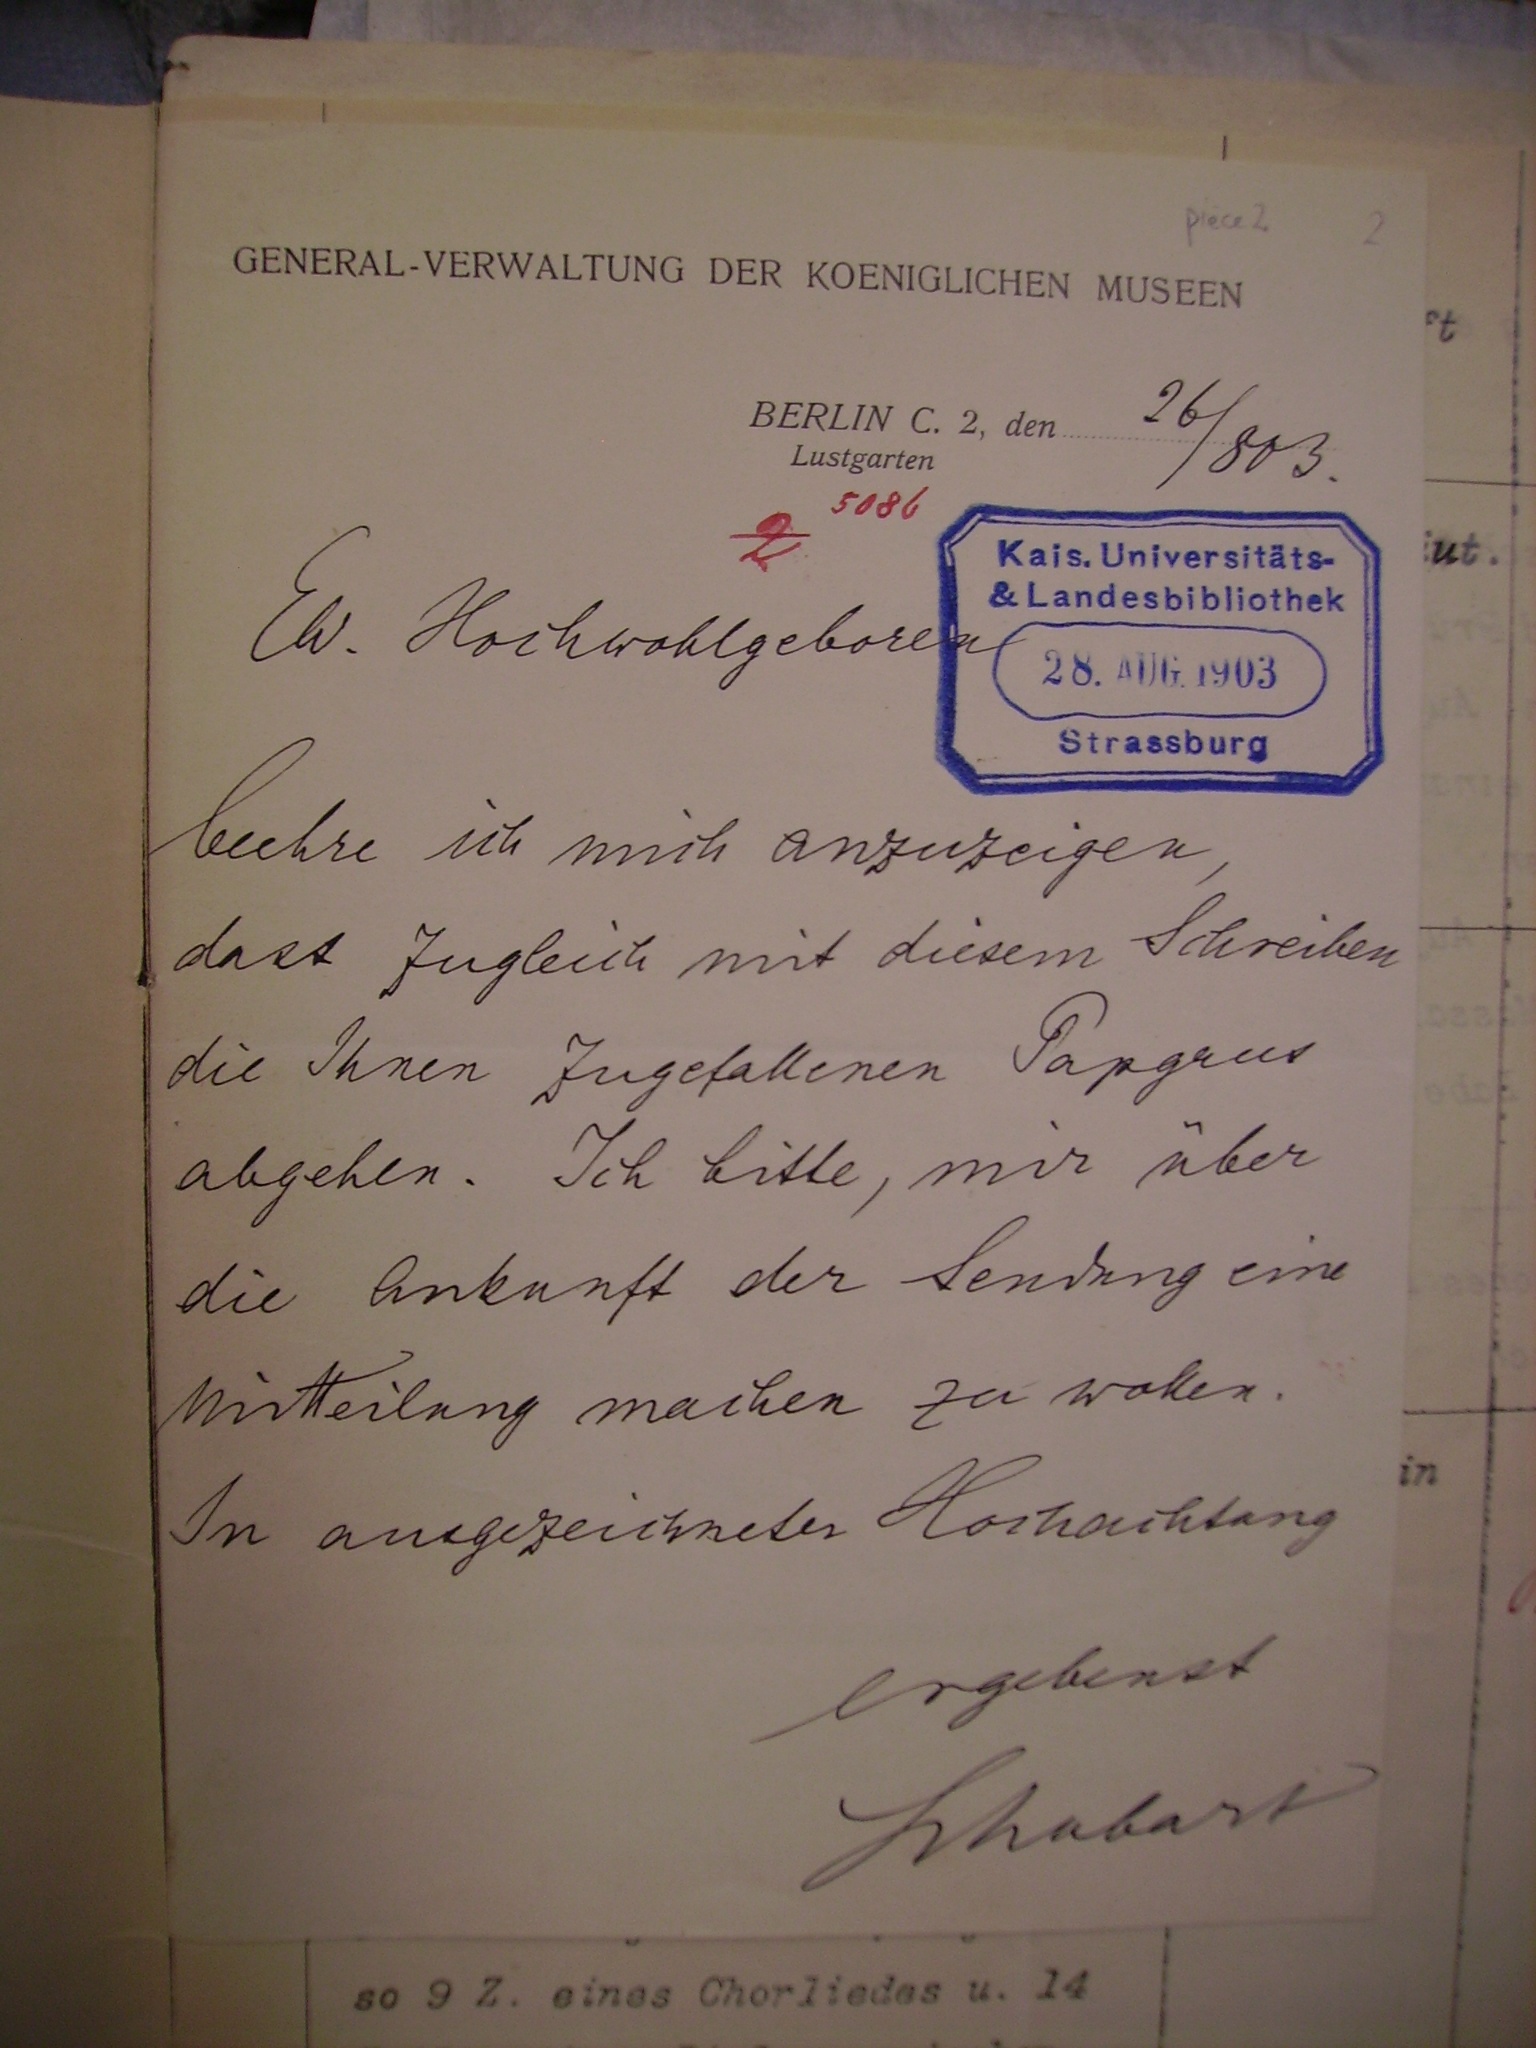
26/803.

Ew. hochwohlgeboren
beehre ich mich anzuzeigen,
dass zugleich mit diesem Schreiben
die Ihnen zugefallen Papyrus
abgehen. Ich bitte, mir über
die Ankunft der Sendung eine
Mitteilung machen zu wollen.
In ausgezeichneter Hochachtung
ergebenst
Schubart